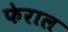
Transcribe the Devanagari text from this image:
फेराल